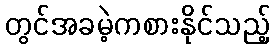
တွင်အခမဲ့ကစားနိုင်သည့်